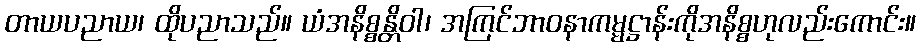
တာယပညာယ၊ ထိုပညာသည်။ ယံအနိစ္စန္တိဝါ၊ အကြင်ဘာဝနာကမ္မဋ္ဌာန်းကိုအနိစ္စဟုလည်းကောင်း။